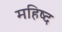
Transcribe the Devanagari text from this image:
महिष्द